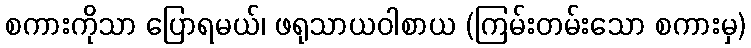
စကားကိုသာ ပြောရမယ်၊ ဖရုသာယဝါစာယ (ကြမ်းတမ်းသော စကားမှ)